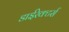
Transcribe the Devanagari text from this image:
डाईरेक्टर्स